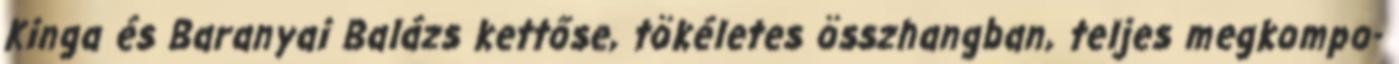
Kinga és Baranyai Balázs kettőse, tökéletes összhangban, teljes megkompo-